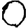
Digit: 0